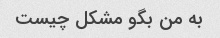
به من بگو مشکل چیست